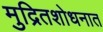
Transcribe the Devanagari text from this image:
मुद्रितशोधनात